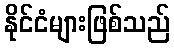
နိုင်ငံများဖြစ်သည်